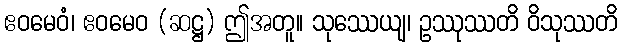
ဧဝမေဝံ၊ ဧဝမေဝ (ဆဋ္ဌ) ဤအတူ။ သုဿေယျ၊ ဥဿုဿတိ ဝိသုဿတိ